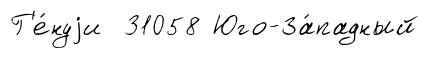
Г'е́нуjи 31058 Юго-За́падный